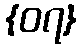
{၀၇}